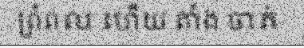
ព្រំពល ហើយ តាំង ចាត់